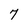
Character: 7